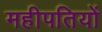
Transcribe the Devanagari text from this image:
महीपतियों